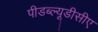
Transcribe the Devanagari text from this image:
पीडब्ल्यूडीसीए